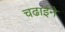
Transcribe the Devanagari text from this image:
चढाईने